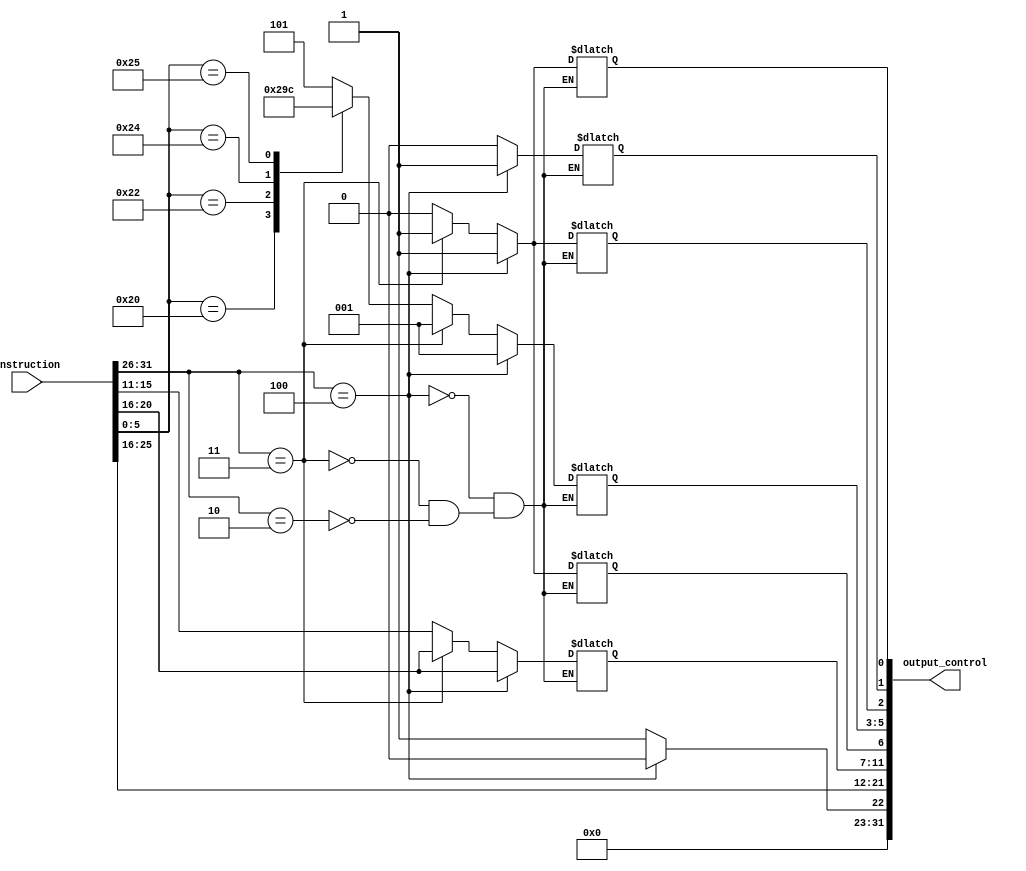
module Control#(
	parameter DATA_WIDTH = 31
)(
	instruction,
	output_control
);

input [DATA_WIDTH:0] instruction;
output [DATA_WIDTH:0] output_control;

reg			wr, cs;
reg			ctl_mux_reg;
reg			ctl_mux_alu;
reg [2:0]	alu_control;
reg [5:0]	op;
reg [4:0]	rs;
reg [4:0]	rt;
reg [4:0]	rd;
reg [5:0]	code;
reg			erf;


/*				GRUPO 02 	= 0010
				GRUPO 02+1	= 0011
			
				GRUPO+1   rs	 rt      offset
		LW 		000011  ?????  ????? ????????????????		memoria pra registro
		
				GRUPO+2	  rs	 rt		 offset		
		SW 		000100  ?????  ????? ????????????????		registro pra memoria
		
				GRUPO    rs    rt    rd    10  FUNO
		ADD 	000010 ????? ????? ????? 01010 100000	rd = rs + rt	32
		SUB 	000010 ????? ????? ????? 01010 100010	rd = rs - rt	34
		MUL 	000010 ????? ????? ????? 01010 110010					50	
		AND 	000010 ????? ????? ????? 01010 100100					36
		OR 		000010 ????? ????? ????? 01010 100101					37
*/

	always @(instruction) begin

			op = instruction[31:26];
			rs = instruction[25:21];
			rt = instruction[20:16];
			code = instruction[5:0];
			erf = 1;
			
		if(op == 6'b000010) begin
			case(code)
				6'd32:   alu_control = 3'b001;		//ADD
				6'd34:   alu_control = 3'b010;		//SUB
				6'd36:   alu_control = 3'b011;		//AND
				6'd37: 	 alu_control = 3'b100;		//OR
				default: alu_control = 3'b101;		//MUL
			endcase
			
			cs = 0;
			wr = 0;
			ctl_mux_alu = 0;
			ctl_mux_reg = 0;
			rd = instruction[15:11];

		end
		
		if(op == 6'b000011) begin // LW (LOAD WORD)
			alu_control = 3'd1;     
			ctl_mux_alu = 1;     
			ctl_mux_reg = 1;     
			cs = 1; 
			wr = 0;              
			rd = rt;
		end
		
		if(op == 6'b000100) begin // SW (STORE WORD)
			alu_control = 3'd1;    
			ctl_mux_alu = 1;   
			ctl_mux_reg = 1;    
			cs = 1; 
			wr = 1;            
			erf = 0;
			rd = rt;
		end
		
	end
	
	assign output_control = {{9'b0}, {erf}, {rs}, {rt}, {rd}, {ctl_mux_alu}, {alu_control}, {cs}, {wr}, {ctl_mux_reg}}; 
	//           0000_0000_00 | enable_RFile | rs     | rt     | rd     | crl_mux_alu | alu_control | cs  | wr  | crl_mux_reg
	//            [31:23]     |    [22]     |[21:17]  |[16:12] | [11:7] |     [6]     |    [5:3]    | [2] | [1] |   [0]
	//				9               1            5       5        5           1             3          1    1        1   
endmodule